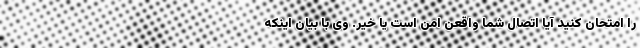
را امتحان کنید آیا اتصال شما واقعن امن است یا خیر. وی با بیان اینکه